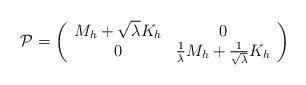
LaTeX: \begin{align*} \mathcal{P} = \left( \begin{array}{cc} M_h + \sqrt{\lambda} K_h & 0 \\ 0 & \frac{1}{\lambda}M_h + \frac{1}{\sqrt{\lambda}} K_h \end{array} \right)\end{align*}